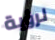
لرؤية